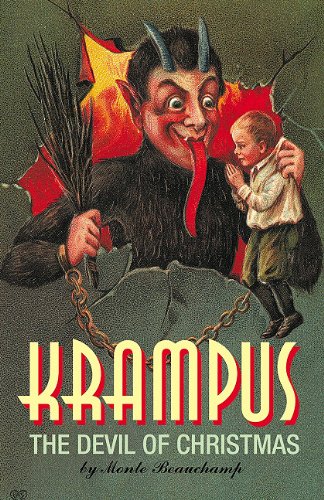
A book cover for Krampus: The Devil of Christmas; Monte Beauchamp; Crafts, Hobbies & Home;